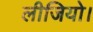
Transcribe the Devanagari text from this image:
लीजियो।